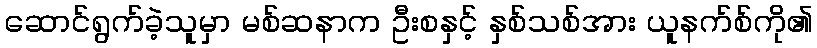
ဆောင်ရွက်ခဲ့သူမှာ မစ်ဆနာက ဦးစနှင့် နှစ်သစ်အား ယူနက်စ်ကို၏